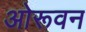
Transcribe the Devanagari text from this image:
ओरूवन